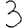
Digit: 3